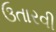
ઉતારવી